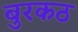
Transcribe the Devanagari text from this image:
बुरकठ